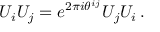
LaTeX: U _ { i } U _ { j } = e ^ { 2 \pi i \theta ^ { i j } } U _ { j } U _ { i } \, .